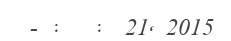
- :   :  21